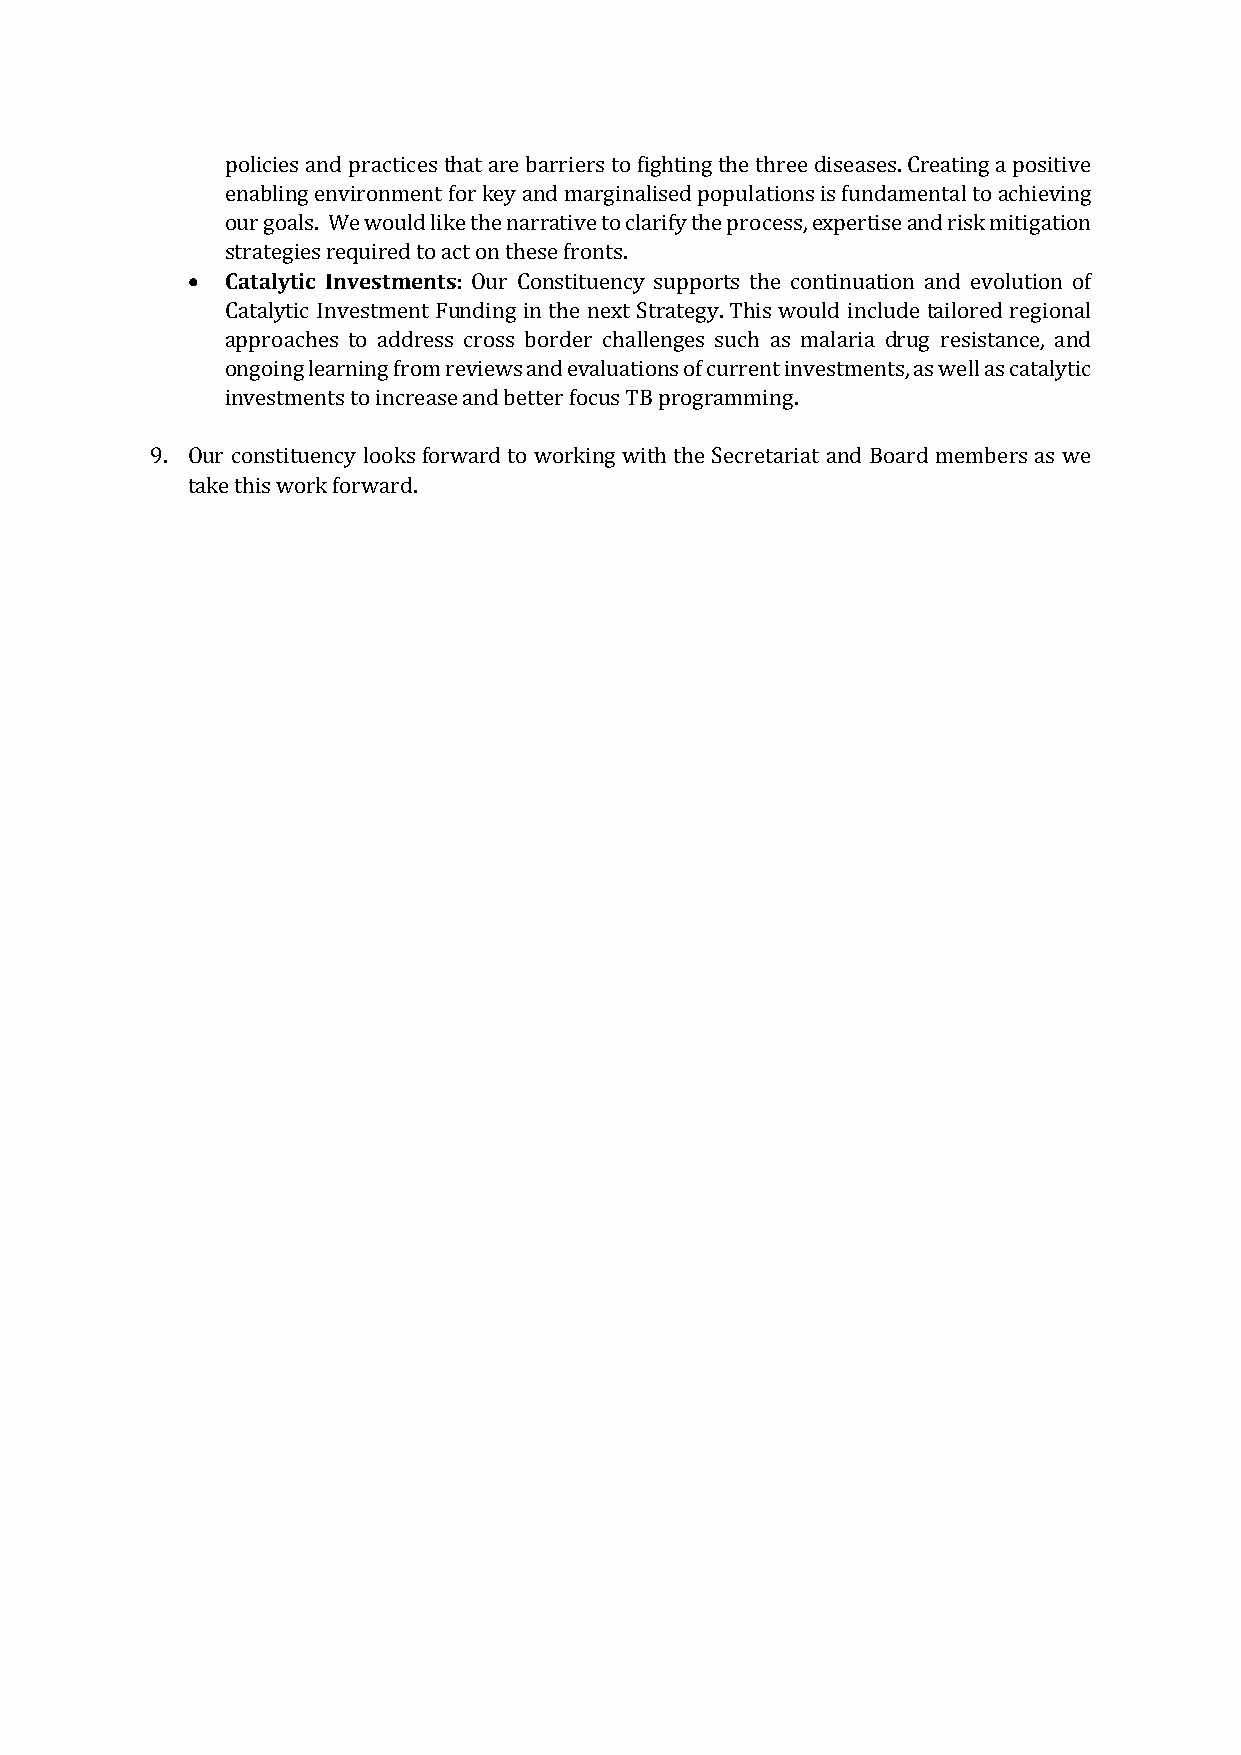
policies and practices that are barriers to fighting the three diseases. Creating a positive
 enabling environment for key and marginalised populations is fundamental to achieving
 our goals. We would like the narrative to clarify the process, expertise and risk mitigation
 •  Catalytic Investments:
 strategies required to act on these fronts.
 Our Constituency supports the continuation and evolution of
 Catalytic Investment Funding in the next Strategy. This would include tailored regional
 approaches to address cross border challenges such as malaria drug resistance, and
 ongoing learning from reviews and evaluations of current investments, as well as catalytic
 investments to increase and better focus TB programming.
 9. Our constituency looks forward to working with the Secretariat and Board members as we
 take this work forward.